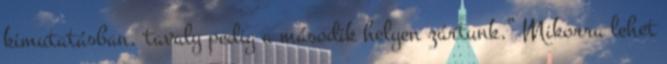
kimutatásban, tavaly pedig a második helyen zártunk.” Mikorra lehet